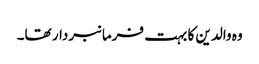
وہ والدین کا بہت فرمانبردار تھا۔